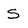
Character: S